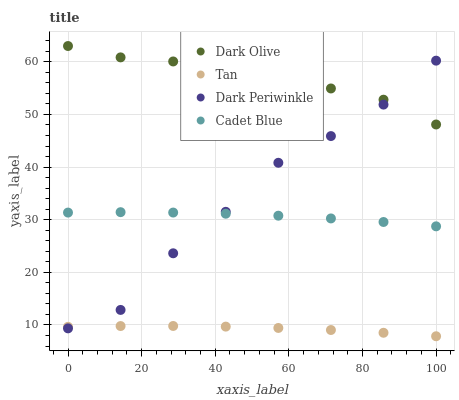
| xaxis_label | Dark Olive | Tan | Dark Periwinkle | Cadet Blue |
 | --- | --- | --- | --- | --- |
 | 0 | 63 | 9.65 | 9.36 | 31.4 |
 | 14.3 | 60.8 | 9.8 | 12.9 | 31.4 |
 | 28.6 | 60.1 | 9.81 | 23.6 | 31.4 |
 | 42.9 | 54.3 | 9.69 | 31.5 | 31.1 |
 | 57.1 | 54.4 | 9.44 | 40.8 | 30.8 |
 | 71.4 | 54.9 | 9.05 | 45.9 | 30.2 |
 | 85.7 | 52.8 | 8.52 | 51.9 | 29.6 |
 | 100 | 48.1 | 7.86 | 60.2 | 28.7 |